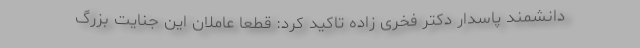
دانشمند پاسدار دکتر فخری زاده تاکید کرد: قطعاً عاملان این جنایت بزرگ